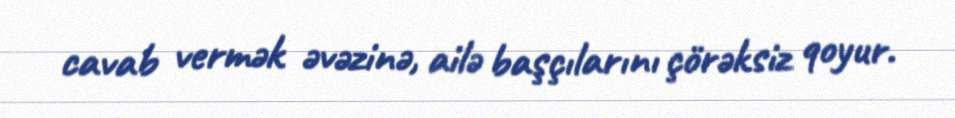
cavab vermək əvəzinə, ailə başçılarını çörəksiz qoyur.